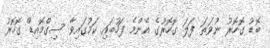
ބޮޑު ގޮހޮރު ނުވަތަ ފަލަ ގޮހޮރުގެ އެންމެ ފަހުބައި ކަމުގައިވާ ސިގްމޮއިޑް ގޮހޮރު